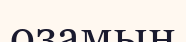
озамын